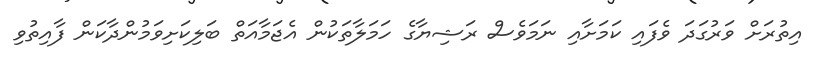
އިތުރަށް ވަރުގަދަ ވެފައި ކަމަށާއި ނަމަވެސް ރަޝިޔާގެ ހަމަލާތަކުން އެޖަމާއަތް ބަލިކަށިވަމުންދާކަން ފާއިތުވި